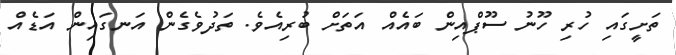
ތަށީގައި ހުރި ހޫނު ސޫޕްއިން ބައެއް އަތަށް ބުރިއެވެ. ތަދުވެގެން އަނގައިން އަޑެއް